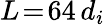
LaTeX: L\! =\! 64\, d_{i}